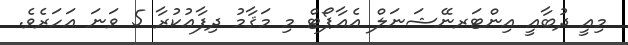
މިއީ ދުބާއީ އިންޓަރނޭޝަނަލް އެއާޕޯޓް މި މަޤާމު ދިފާޢުކުރާ 5 ވަނަ އަހަރެވެ.